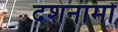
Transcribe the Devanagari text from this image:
दशनामों